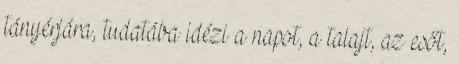
tányérjára, tudatába idézi a napot, a talajt, az esőt,